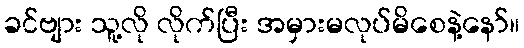
ခင်ဗျား သူ့လို လိုက်ပြီး အမှားမလုပ်မိစေနဲ့နော်။